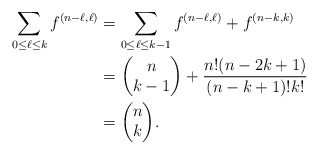
\begin{align*}\displaystyle\sum_{0\leq \ell\leq k} f^{(n-\ell,\ell)} &=\displaystyle\sum_{0\leq \ell\leq k-1} f^{(n-\ell,\ell)}+f^{(n-k,k)} \\&={\begin{pmatrix} n \\ k-1 \end{pmatrix}}+\frac{n!(n-2k+1)}{(n-k+1)!k!} \\&={\begin{pmatrix} n \\ k \end{pmatrix}}.\end{align*}